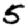
Digit: 5